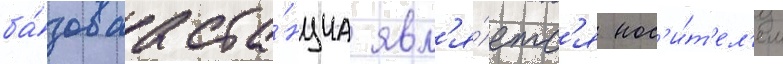
ба́зоваа ста́нциа явл'я́етс'я нос'и́т'ел'ем